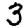
Digit: 3